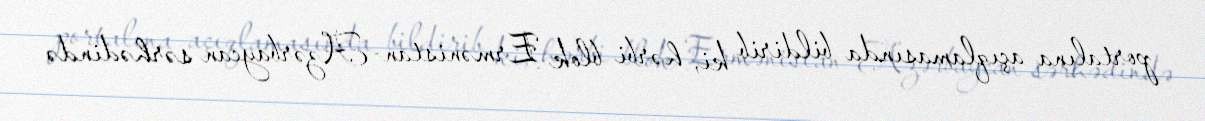
portalına açıqlamasında bildirib ki, hərbi blok Ermənistan-Azərbaycan sərhədində